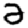
Digit: 2